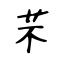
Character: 芣